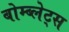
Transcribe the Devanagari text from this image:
बोम्ब्लेट्स